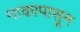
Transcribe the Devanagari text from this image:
नाकापासून